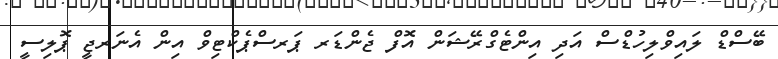
ބޭސްޑް ލައިވްލިހުޑްސް އަދި އިންޓެގްރޭޝަން އޮފް ޖެންޑަރ ޕަރސްޕެކްޓިވް އިން އެނަރޖީ ޕޮލިސީ